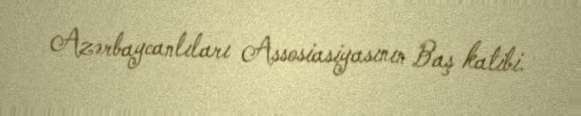
Azərbaycanlıları Assosiasiyasının Baş katibi.